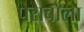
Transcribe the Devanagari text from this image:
पेराबोला